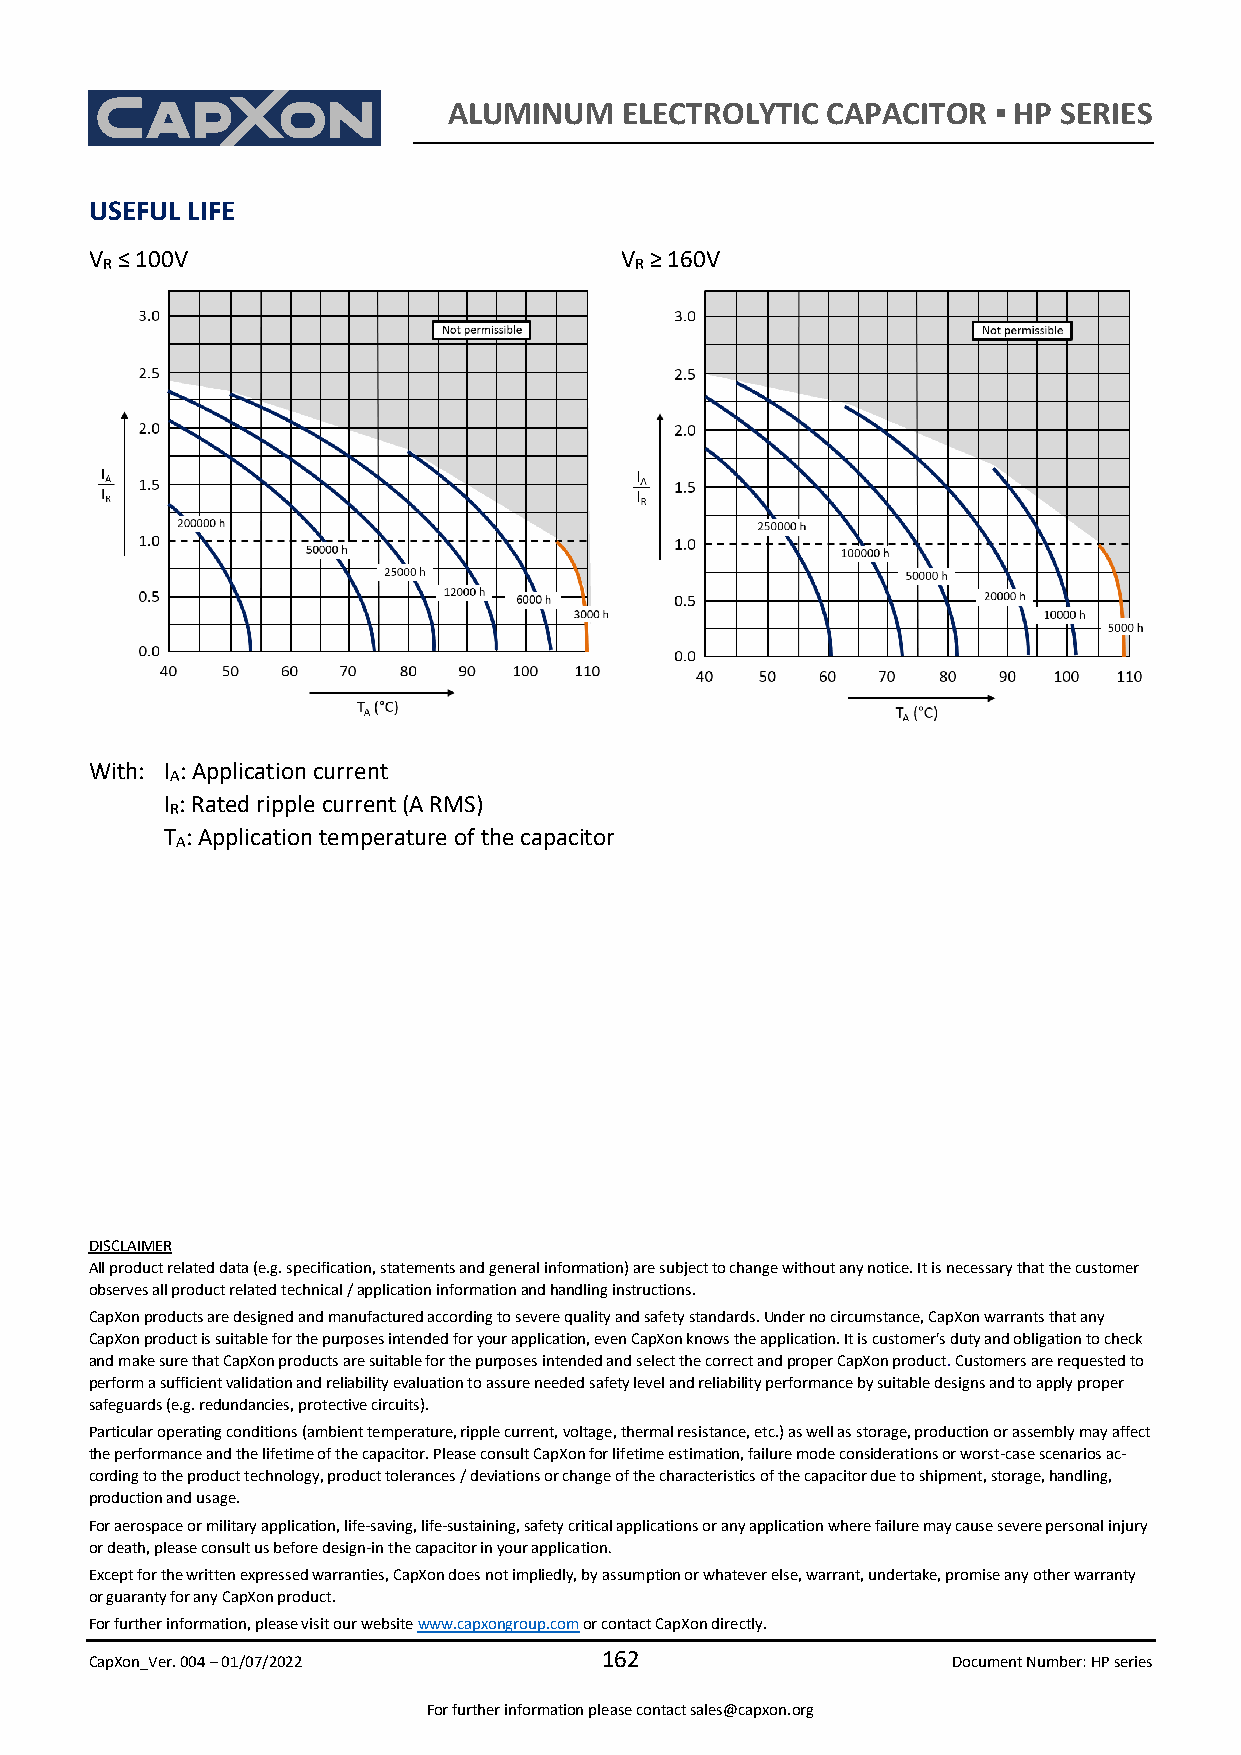
ALUMINUM   ELECTROLYTIC  CAPACITOR  ▪ HP SERIES
 USEFUL LIFE
 V R ≤ 100V                         V R ≥ 160V
 With: I : Application current
 A
 I : Rated ripple current (A RMS)
 R
 T : Application temperature of the capacitor
 A
 DISCLAIMER
 All product related data (e.g. specification, statements and general information) are subject to change without any notice. It is necessary that the customer
 observes all product related technical / application information and handling instructions.
 CapXon products are designed and manufactured according to severe quality and safety standards. Under no circumstance, CapXon warrants that any
 CapXon product is suitable for the purposes intended for your application, even CapXon knows the application. It is customer's duty and obligation to check
 and make sure that CapXon products are suitable for the purposes intended and select the correct and proper CapXon product. Customers are requested to
 perform a sufficient validation and reliability evaluation to assure needed safety level and reliability performance by suitable designs and to apply proper
 safeguards (e.g. redundancies, protective circuits).
 Particular operating conditions (ambient temperature, ripple current, voltage, thermal resistance, etc.) as well as storage, production or assembly may affect
 the performance and the lifetime of the capacitor. Please consult CapXon for lifetime estimation, failure mode considerations or worst-case scenarios ac-
 cording to the product technology, product tolerances / deviations or change of the characteristics of the capacitor due to shipment, storage, handling,
 production and usage.
 For aerospace or military application, life-saving, life-sustaining, safety critical applications or any application where failure may cause severe personal injury
 or death, please consult us before design-in the capacitor in your application.
 Except for the written expressed warranties, CapXon does not impliedly, by assumption or whatever else, warrant, undertake, promise any other warranty
 or guaranty for any CapXon product.
 For further information, please visit our website www.capxongroup.com or contact CapXon directly.
 CapXon_Ver. 004 – 01/07/2022
 162
 Document Number: HP series
 For further information please contact sales@capxon.org